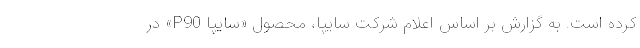
کرده است. به گزارش بر اساس اعلام شرکت سایپا، محصول «سایپا P90» در